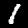
Label: 1